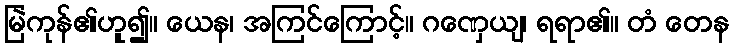
မြဲကုန်၏ဟူ၍။ ယေန၊ အကြင်ကြောင့်။ ဂဏှေယျ၊ ရရာ၏။ တံ တေန